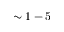
\sim 1 - 5